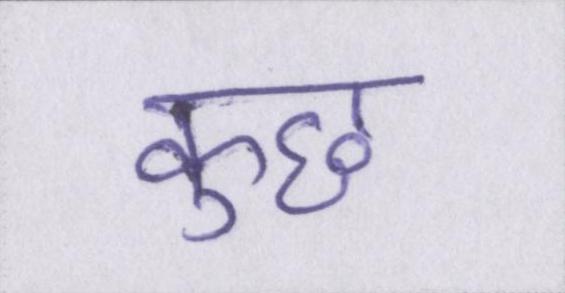
कुछ